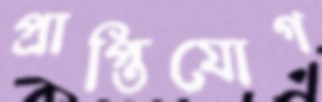
প্রাপ্তিযোগ